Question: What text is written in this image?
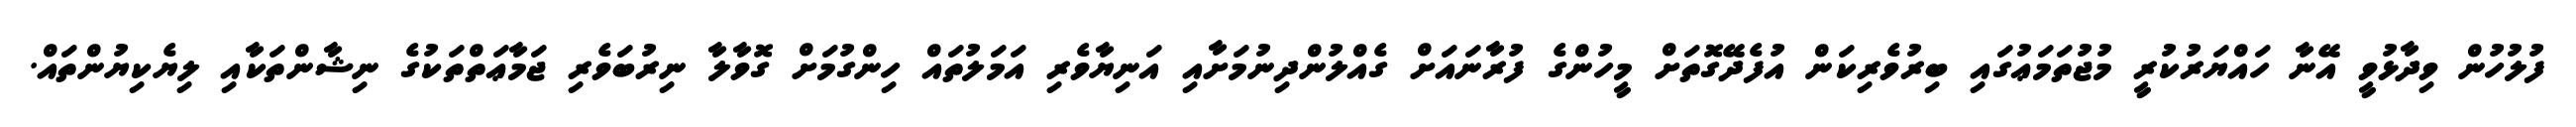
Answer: ފުލުހުން ވިދާޅުވީ އޭނާ ހައްޔަރުކުރީ މުޖުތަމަޢުގައި ބިރުވެރިކަން އުފެދޭގޮތަށް މީހުންގެ ފުރާނައަށް ގެއްލުންދިނުމަށާއި އަނިޔާވެރި އަމަލުތައް ހިންގުމަށް ގޮވާލާ ނިރުބަވެރި ޖަމާޢަތްތަކުގެ ނިޝާންތަކާއި ލިޔެކިޔުންތައް.